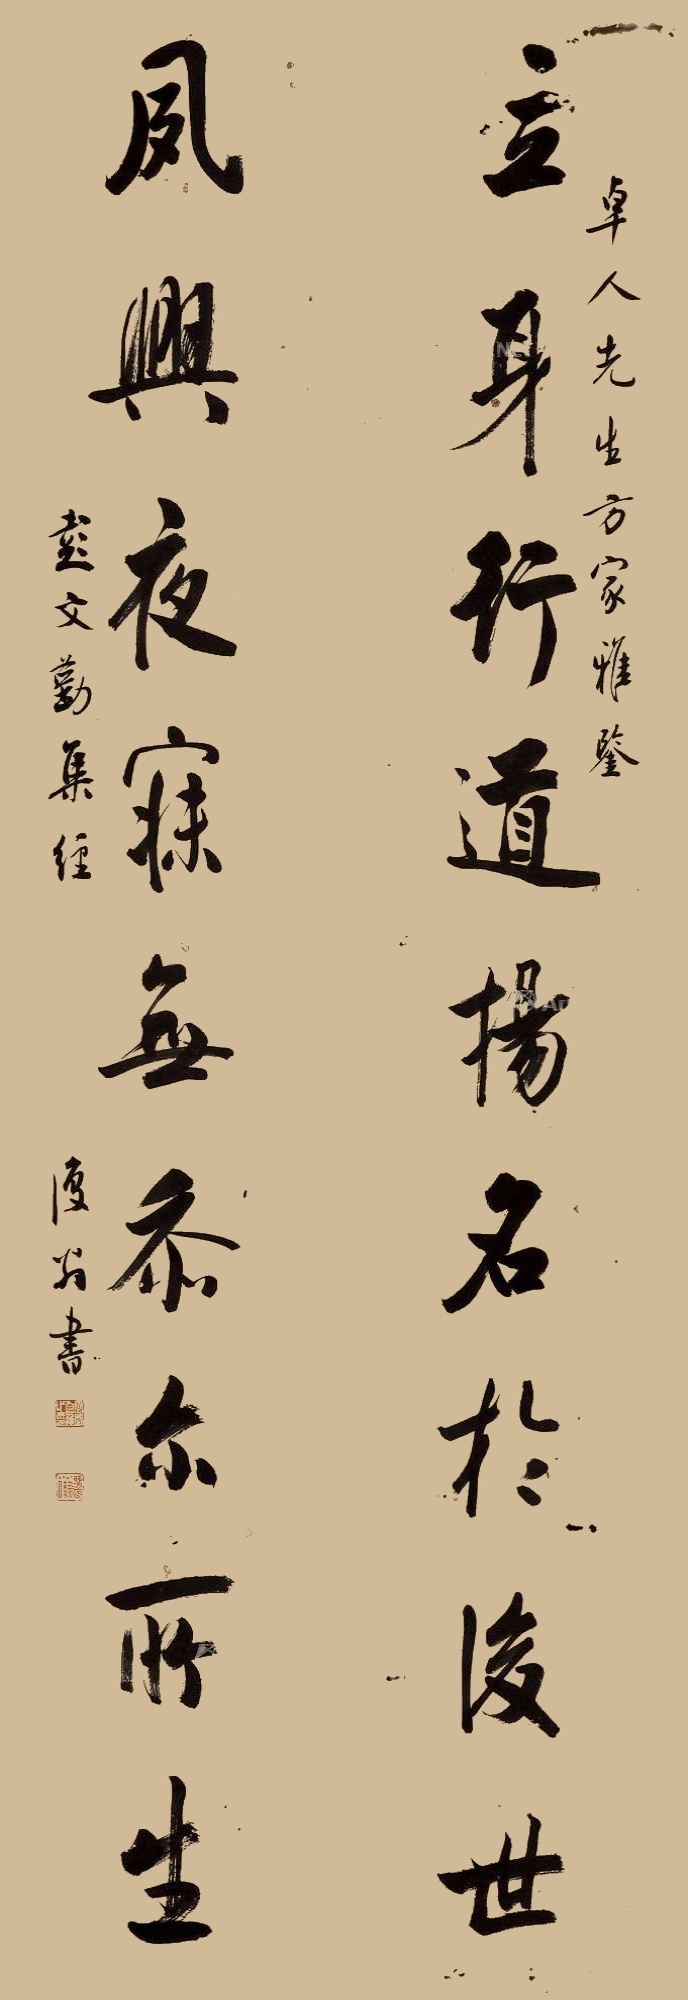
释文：立身行道，扬名于后世，夙兴夜寐，无忝尔所生。卓人先生方家雅鉴，彭文勤集联，复翁书。